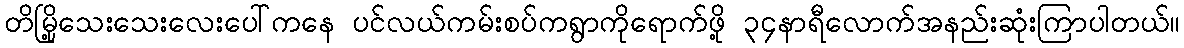
တိမြို့သေးသေးလေးပေါ်ကနေ ပင်လယ်ကမ်းစပ်ကရွာကိုရောက်ဖို့ ၃၄နာရီလောက်အနည်းဆုံးကြာပါတယ်။